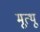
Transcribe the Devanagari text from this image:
मूत्थू